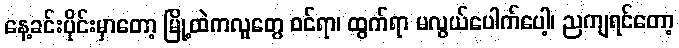
နေ့ခင်းပိုင်းမှာတော့ မြို့ထဲကလူတွေ ဝင်ရာ၊ ထွက်ရာ မလွယ်ပေါက်ပေါ့၊ ညကျရင်တော့